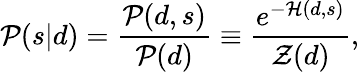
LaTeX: {\mathcal{P}}(s|d)={\frac{{\mathcal{P}}(d,s)}{{\mathcal{P}}(d)}}\equiv{\frac{e^{-{\mathcal{H}}(d,s)}}{{\mathcal{Z}}(d)}},